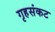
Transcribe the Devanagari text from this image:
गृहसंकट